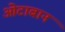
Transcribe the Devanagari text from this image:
ओटाबान